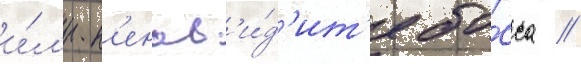
и́л'и н'енав'и́д'ит'е бо́сса //